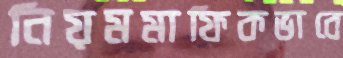
নিয়মমাফিকভাবে